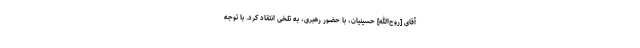
آقاى [روح‌الله] حسینیان، با حضور رهبرى، به تلخى انتقاد كرد. با توجه